Lunatic asylums in Bengal annual reports 1899-1911 - 1899-1911
Year: 1899
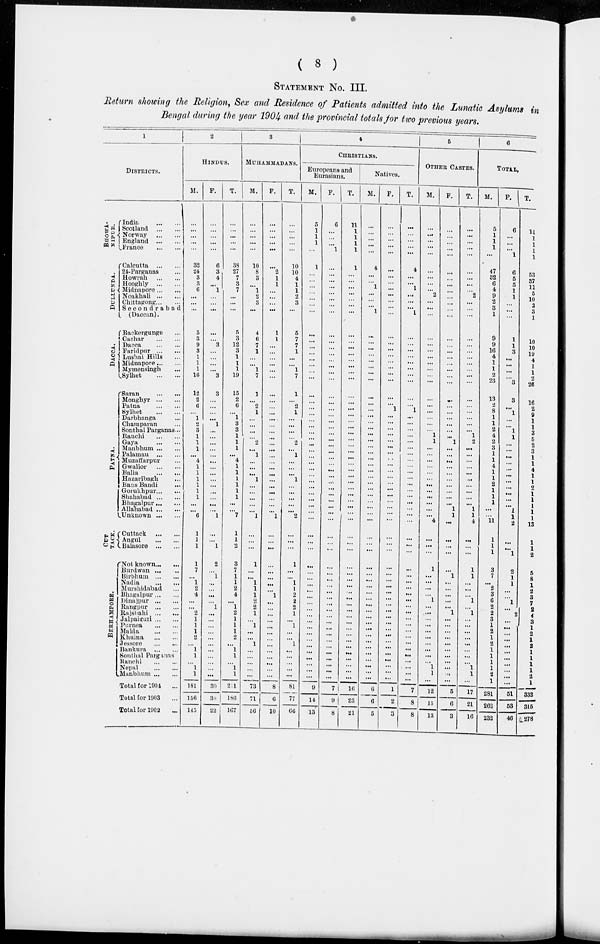
( 8 )
STATEMENT No. III.
Return showing the Religion, Sex and Residence of Patients admitted into the Lunatic Asylums in
Bengal during the year 1904 and the provincial totals for two previous years.
1
DISTRICTS.
BHOWA¬
PORE.
Dullunda.
Dacca.
PATNA.
BERHAMPORE.
India ... ...
Scotland
...
...
Norway
...
...
England
...
...
France
...
...
Calcutta
...
...
24-Parganas ...
Howrah
...
...
Hooghly
...
...
Midnapore ... ...
Noakhali
...
...
Chittagong...
...
Secondrabad
(Daccan).
Backergunge ...
Cachar
...
...
Dacca ... ...
Faridpur
...
...
Lushai Hills ...
Midnapore ... ...
Mymensingh ...
Sylhet
...
...
Saran
...
...
Monghyr
...
...
Patna...
...
Sylhet
...
...
Darbhanga ...
Champaran ...
Sonthal Parganas...
Ranchi
...
...
Gaya
...
...
Manbhum...
...
Palamau
...
...
Muzaffarpur
Gwalior
...
...
Balia
...
...
Hazaribagh ...
Bans Bandi ...
Gorukhpur... ...
Shahabad ... ...
Bhagalpur ... ...
Allahabad ... ...
Unknown ... ...
Cuttack
...
...
Angul
...
...
Balasore
...
...
Not known... ...
Burdwan ... ...
Birbhum
...
...
Nadia
...
...
Murshidabad ...
Bhagalpur ... ...
Dinajpur
...
...
Rangpur
...
...
Rajshahi
...
...
Jalpaipuri ... ...
Purnea
...
...
Malda
...
...
Khuma
...
...
Jessore
...
...
Bankura
...
...
Sonthal Parganas
Ranchi
...
...
Nepal
...
...
Manbhum ... ...
Total for 1904 ...
Total for 1903 ...
Total for 1902 ...
2
HINDUS.
M.
. . .
...
...
...
...
32
24
3
3
6
...
...
...
...
5
3
9
3
1
1
1
16
12
2
6
...
1
2
3
1
1
1
...
4
1
1
1
1
1
1
...
...
6
1
1
1
1
7
...
1
2
4
...
...
2
1 1
1
2
...
1
1
...
...
1
181
156
145
F.
...
...
...
...
...
6
3
4
... 1
...
...
...
...
...
...
3
...
...
...
...
3
3
...
...
...
...
1
...
...
...
...
...
...
...
...
...
...
...
...
...
...
1
...
...
1
2
... 1
...
...
...
... 1
...
...
...
...
...
...
...
...
...
...
...
30
30
22
T.
...
...
...
...
...
38
27
7
3
7
...
...
...
...
5
3
12
3
1
1
1
19
15
2
6
...
1 3
3 1
1
1
...
4
1
1
1
1
1
1
...
...
7
1
1
2
3
7
1
1
2
4
...
1
2
1
1
1
2
...
1
1
...
1
1
2 1
186
167
3
MUHAMMADANS.
M.
...
...
...
...
...
10
8
3
... 1
2
3
...
...
4
6
7
1
...
...
1
7
1
...
2
1
...
...
...
...
2
...
1
...
...
...
1
...
...
...
...
...
1
...
...
...
1
...
1
1
1
1
2 2
1
...
1
...
...
1
...
...
...
...
...
73
71
56
F.
...
...
...
...
...
...
2
1
1
...
...
...
...
...
1
1
...
...
...
...
...
...
...
...
...
...
...
...
...
...
...
...
...
...
...
...
...
...
...
...
...
...
1
...
...
...
...
...
...
...
...
1
...
...
...
...
...
...
...
...
...
...
...
...
...
8
6
10
T.
...
...
...
...
...
10
10
4
1
1
2
3
...
...
5
7
7
1
...
...
1
7
1
...
2
1
...
...
...
...
2
...
1
...
...
...
1
...
...
...
...
...
2
...
...
1
...
1
1
1
2
2
2
1
...
1
...
...
1 ...
...
...
...
...
81
77
66
4
CHRISTIANS.
Europeans and
Eurasians.
M.
5
1
1
1
...
1
...
...
...
...
...
...
...
...
...
...
...
...
...
...
...
...
...
...
...
...
...
...
...
...
...
...
...
...
...
... ...
...
...
...
...
...
...
...
...
...
...
...
...
...
...
...
...
...
...
...
...
...
...
...
...
...
...
...
...
9
14
13
F.
6
...
...
...
1
...
...
...
...
...
...
...
...
...
...
...
...
...
...
...
...
...
...
...
...
...
...
...
...
...
...
...
...
...
...
...
...
...
...
... ...
...
...
...
...
...
...
...
...
...
...
...
...
...
...
...
...
...
...
...
...
...
...
...
...
7
9
8
T.
11
1
1
1
1
1
...
...
...
...
...
...
...
...
...
...
...
...
...
...
...
...
...
...
...
...
...
...
...
...
...
...
...
...
...
...
...
...
...
...
...
...
...
...
...
...
...
...
...
...
...
...
...
...
...
...
...
...
...
...
...
...
...
...
16
23
21
Natives.
M.
...
...
...
...
...
4
...
...
1
...
...
...
1
...
...
...
...
...
...
...
...
...
...
...
...
...
...
...
...
...
...
...
...
...
...
...
...
...
...
...
...
...
...
...
...
...
...
...
...
...
...
...
...
...
...
...
...
...
...
...
...
...
...
...
...
6
6
5
F.
...
...
...
...
...
...
...
...
...
...
...
...
...
...
...
...
...
...
...
...
...
...
...
...
1
...
...
...
...
...
...
...
...
...
...
...
...
...
...
...
...
...
...
...
...
...
...
...
...
...
...
...
...
...
...
...
...
...
...
...
...
...
...
...
...
1
2
3
T.
...
...
...
...
...
4
...
...
1
...
...
...
1
...
...
...
...
...
...
...
...
...
...
...
1
...
...
...
...
...
...
...
...
...
...
...
...
...
...
...
...
...
...
...
...
...
...
...
...
...
...
...
...
...
...
...
...
...
...
...
...
...
. ...
...
...
7
8
8
5
OTHER CASTES.
M.
...
...
...
...
...
...
...
...
... 2
...
...
...
...
...
...
...
...
...
...
...
...
...
...
...
...
...
1
1
...
...
...
...
...
...
...
...
...
...
...
...
4
...
...
...
1
...
...
...
...
1
...
...
...
...
...
...
...
...
...
...
1
1
...
12
1 5
13
F.
...
...
...
...
...
...
...
...
...
...
...
...
...
...
...
...
...
...
...
...
...
...
...
...
...
...
...
1
...
...
...
...
...
... ...
...
...
...
1
1
...
...
...
...
...
1
...
...
...
...
...
1
...
...
...
...
...
...
...
...
...
...
...
5
6
3
T.
...
...
...
...
...
...
...
...
...
2
...
...
...
...
...
...
...
...
...
...
...
...
...
...
...
1
2
...
...
...
...
...
...
...
...
...
1
1
4
...
...
...
1
1
...
...
...
1
...
1
...
...
...
...
...
...
...
...
1
1
...
17
21
16
6
TOTAL.
M.
5
1
1
1
...
47
32
4
4
9
2
3
1
...
9
9
16
4
1
1
2
23
13
2
8
1
1
2
4
2
3
1
1
4
1
1
2
1
1
1
...
...
11
1
1
1
3
7
...
2
3
6
2
2
3
1
2
1
2
1
1
1
1
2
1
281
262
232
F.
6
...
...
...
1
6
5
5
1
1
...
...
...
...
1
1
3
...
...
...
...
3
3
...
1
...
...
1
1
...
...
...
...
...
...
...
...
...
...
...
1
1
2
...
...
1
2
1
1
...
...
1
...
2
...
...
...
...
...
...
...
...
...
...
...
51
53
46
T.
11
1
1
1
1
53
37
11
5
10
2
3
1
...
10
10
19
4
1
1
2
26
16
2
9
1
1
3
5
2
3
1
1
4
1
1
2
1
1
1
1
1
13
1
1
2
5
8
1
2
3
7
2
4
3
1
2
1
3
1
1
1
1
2
1
332
315
278